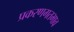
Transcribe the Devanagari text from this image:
प्रकरणगतभाव